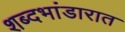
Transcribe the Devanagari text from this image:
शब्दभांडारात